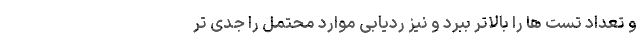
و تعداد تست ها را بالاتر ببرد و نیز ردیابی موارد محتمل را جدی تر